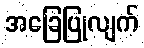
အခြေပြုလျက်